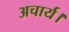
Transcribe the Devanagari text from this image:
अचार्य।